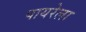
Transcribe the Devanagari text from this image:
पायरेला